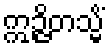
ဣဉ္ဇိတသ္မိံ